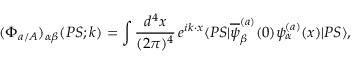
( \Phi _ { a / A } ) _ { \alpha \beta } ( P S ; k ) = \int \frac { d ^ { 4 } x } { ( 2 \pi ) ^ { 4 } } \, e ^ { i k \cdot x } \langle P S | \overline { { { \psi } } } _ { \beta } ^ { ( a ) } ( 0 ) \psi _ { \alpha } ^ { ( a ) } ( x ) | P S \rangle ,